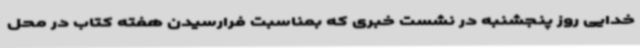
خدایی روز پنجشنبه در نشست خبری که بمناسبت فرارسیدن هفته کتاب در محل